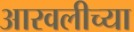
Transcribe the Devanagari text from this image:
आरवलीच्या